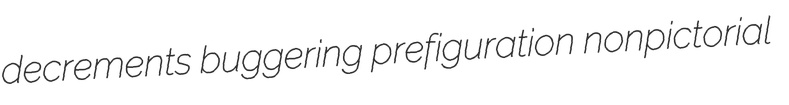
decrements buggering prefiguration nonpictorial